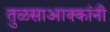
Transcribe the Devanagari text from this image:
तुळसाआक्कांनी